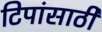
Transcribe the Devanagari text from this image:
टिपांसाठी